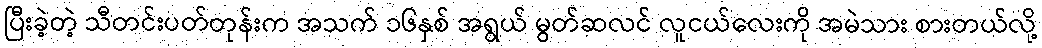
ပြီးခဲ့တဲ့ သီတင်းပတ်တုန်းက အသက် ၁၆နှစ် အရွယ် မွတ်ဆလင် လူငယ်လေးကို အမဲသား စားတယ်လို့